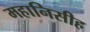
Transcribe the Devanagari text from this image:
महानिसीह